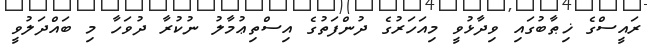
ރައީސްގެ ޚިޠާބުގައި ވިދާޅުވީ މިއަހަރުގެ ދުންފަތުގެ އިސްތިޢުމާލު ނުކުރާ ދުވަހާ މި ބައްދަލުވީ